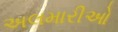
અલમારીઓ